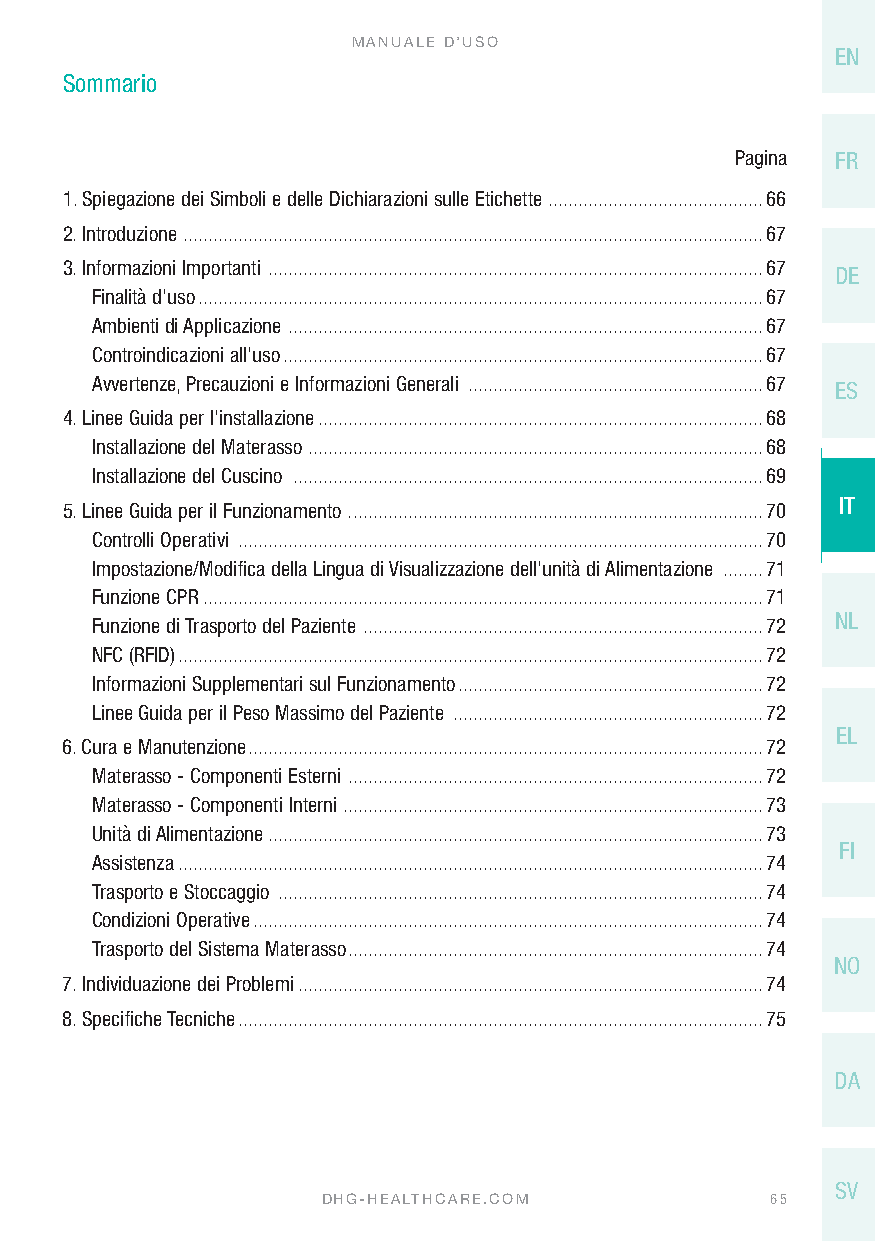
MANUALE D’USO
 EN
 Sommario
 Pagina FR
 1. Spiegazione dei Simboli e delle Dichiarazioni sulle Etichette ...........................................66
 2. Introduzione ....................................................................................................................67
 3. Informazioni Importanti ...................................................................................................67
 DE
 Finalità d’uso .................................................................................................................67
 Ambienti di Applicazione ...............................................................................................67
 Controindicazioni all’uso ................................................................................................67
 Avvertenze, Precauzioni e Informazioni Generali ...........................................................67 ES
 4. Linee Guida per l’installazione .........................................................................................68
 Installazione del Materasso ...........................................................................................68
 Installazione del Cuscino ..............................................................................................69
 IT
 5. Linee Guida per il Funzionamento . ..................................................................................70
 Controlli Operativi .........................................................................................................70
 Impostazione/Modifica della Lingua di Visualizzazione dell’unità di Alimentazione ........71
 Funzione CPR ................................................................................................................71
 NL
 Funzione di Trasporto del Paziente ................................................................................72
 NFC (RFID) .....................................................................................................................72
 Informazioni Supplementari sul Funzionamento .............................................................72
 Linee Guida per il Peso Massimo del Paziente ..............................................................72
 EL
 6. Cura e Manutenzione .......................................................................................................72
 Materasso - Componenti Esterni ...................................................................................72
 Materasso - Componenti Interni ....................................................................................73
 Unità di Alimentazione ...................................................................................................73
 FI
 Assistenza .....................................................................................................................74
 Trasporto e Stoccaggio .................................................................................................74
 Condizioni Operative ......................................................................................................74
 Trasporto del Sistema Materasso ...................................................................................74
 NO
 7. Individuazione dei Problemi .............................................................................................74
 8. Specifiche Tecniche .........................................................................................................75
 DA
 SV
 DHG-HEALTHCARE.COM            65